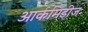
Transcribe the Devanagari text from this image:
आर्कमिडीज